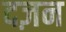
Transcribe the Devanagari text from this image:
दज़न